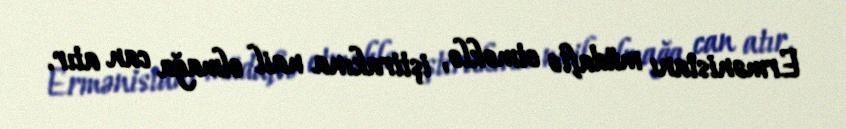
Ermənistanı müdafiə etməklə, iştirakına nail olmağa can atır.